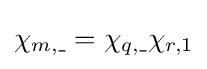
\chi _{m,\_}=\chi _{q,\_}\chi _{r,1}